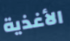
الأغذية